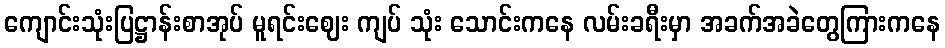
ကျောင်းသုံးပြဋ္ဌာန်းစာအုပ် မူရင်းဈေး ကျပ် သုံး သောင်းကနေ လမ်းခရီးမှာ အခက်အခဲတွေကြားကနေ